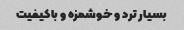
بسیار ترد و خوشمزه و باکیفیت